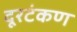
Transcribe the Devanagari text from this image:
दूरटंकण